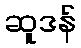
ဆူဒန်